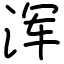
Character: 浑